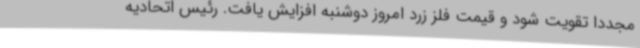
مجددا تقویت شود و قیمت فلز زرد امروز دوشنبه افزایش یافت. رئیس اتحادیه